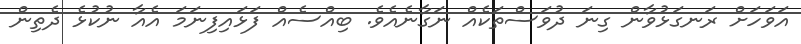
އަވަހަށް ރަނގަޅުވާން ގިނަ ދުވަސްތަކެއް ނަގާނެއެވެ. ބިއްސެއް ފަޅައިފިނަމަ އެއާ ނުކުޅެ ދެތިން